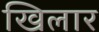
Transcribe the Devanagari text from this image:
खिलार